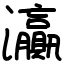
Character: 灜